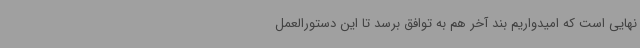
نهایی است که امیدواریم بند آخر هم به توافق برسد تا این دستورالعمل